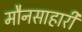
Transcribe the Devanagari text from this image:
मौनसाहारी